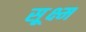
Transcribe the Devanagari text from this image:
सू़क्ष्म